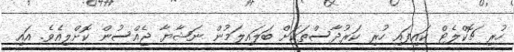
ހުރި ޗޮކްލެޓް ކައިފައި ހުރި ކަރުދާސްތަކަށް ބަލައިލަމުން ނަޝާޔާ ޖެއްސުން ކޮށްލިއެވެ. އައި